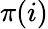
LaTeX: \pi(i)